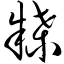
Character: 牒